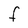
Character: F